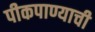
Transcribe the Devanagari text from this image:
पीकपाण्याची